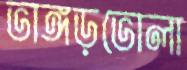
ভাঙ্গড়ভোলা